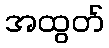
အထွတ်